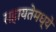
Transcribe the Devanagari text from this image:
सहायतेमध्ये